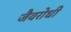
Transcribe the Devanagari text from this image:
जैवरोधी